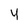
Character: y